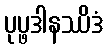
ပုပ္ဖဒါနဿိဒံ